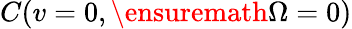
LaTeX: C(v=0,\ensuremath{\Omega}=0)